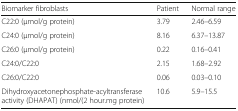
| Biomarker fibroblasts | Patient | Normal range |
 | --- | --- | --- |
 | C22:0 (μmol/g protein) | 3.79 | 2.46–6.59 |
 | C24:0 (μmol/g protein) | 8.16 | 6.37–13.87 |
 | C26:0 (μmol/g protein) | 0.22 | 0.16–0.41 |
 | C24:0/C22:0 | 2.15 | 1.68–2.92 |
 | C26:0/C22:0 | 0.06 | 0.03–0.10 |
 | Dihydroxyacetonephosphate-acyltransferase activity (DHAPAT) (nmol/(2 hour.mg protein) | 10.6 | 5.9–15.5 |